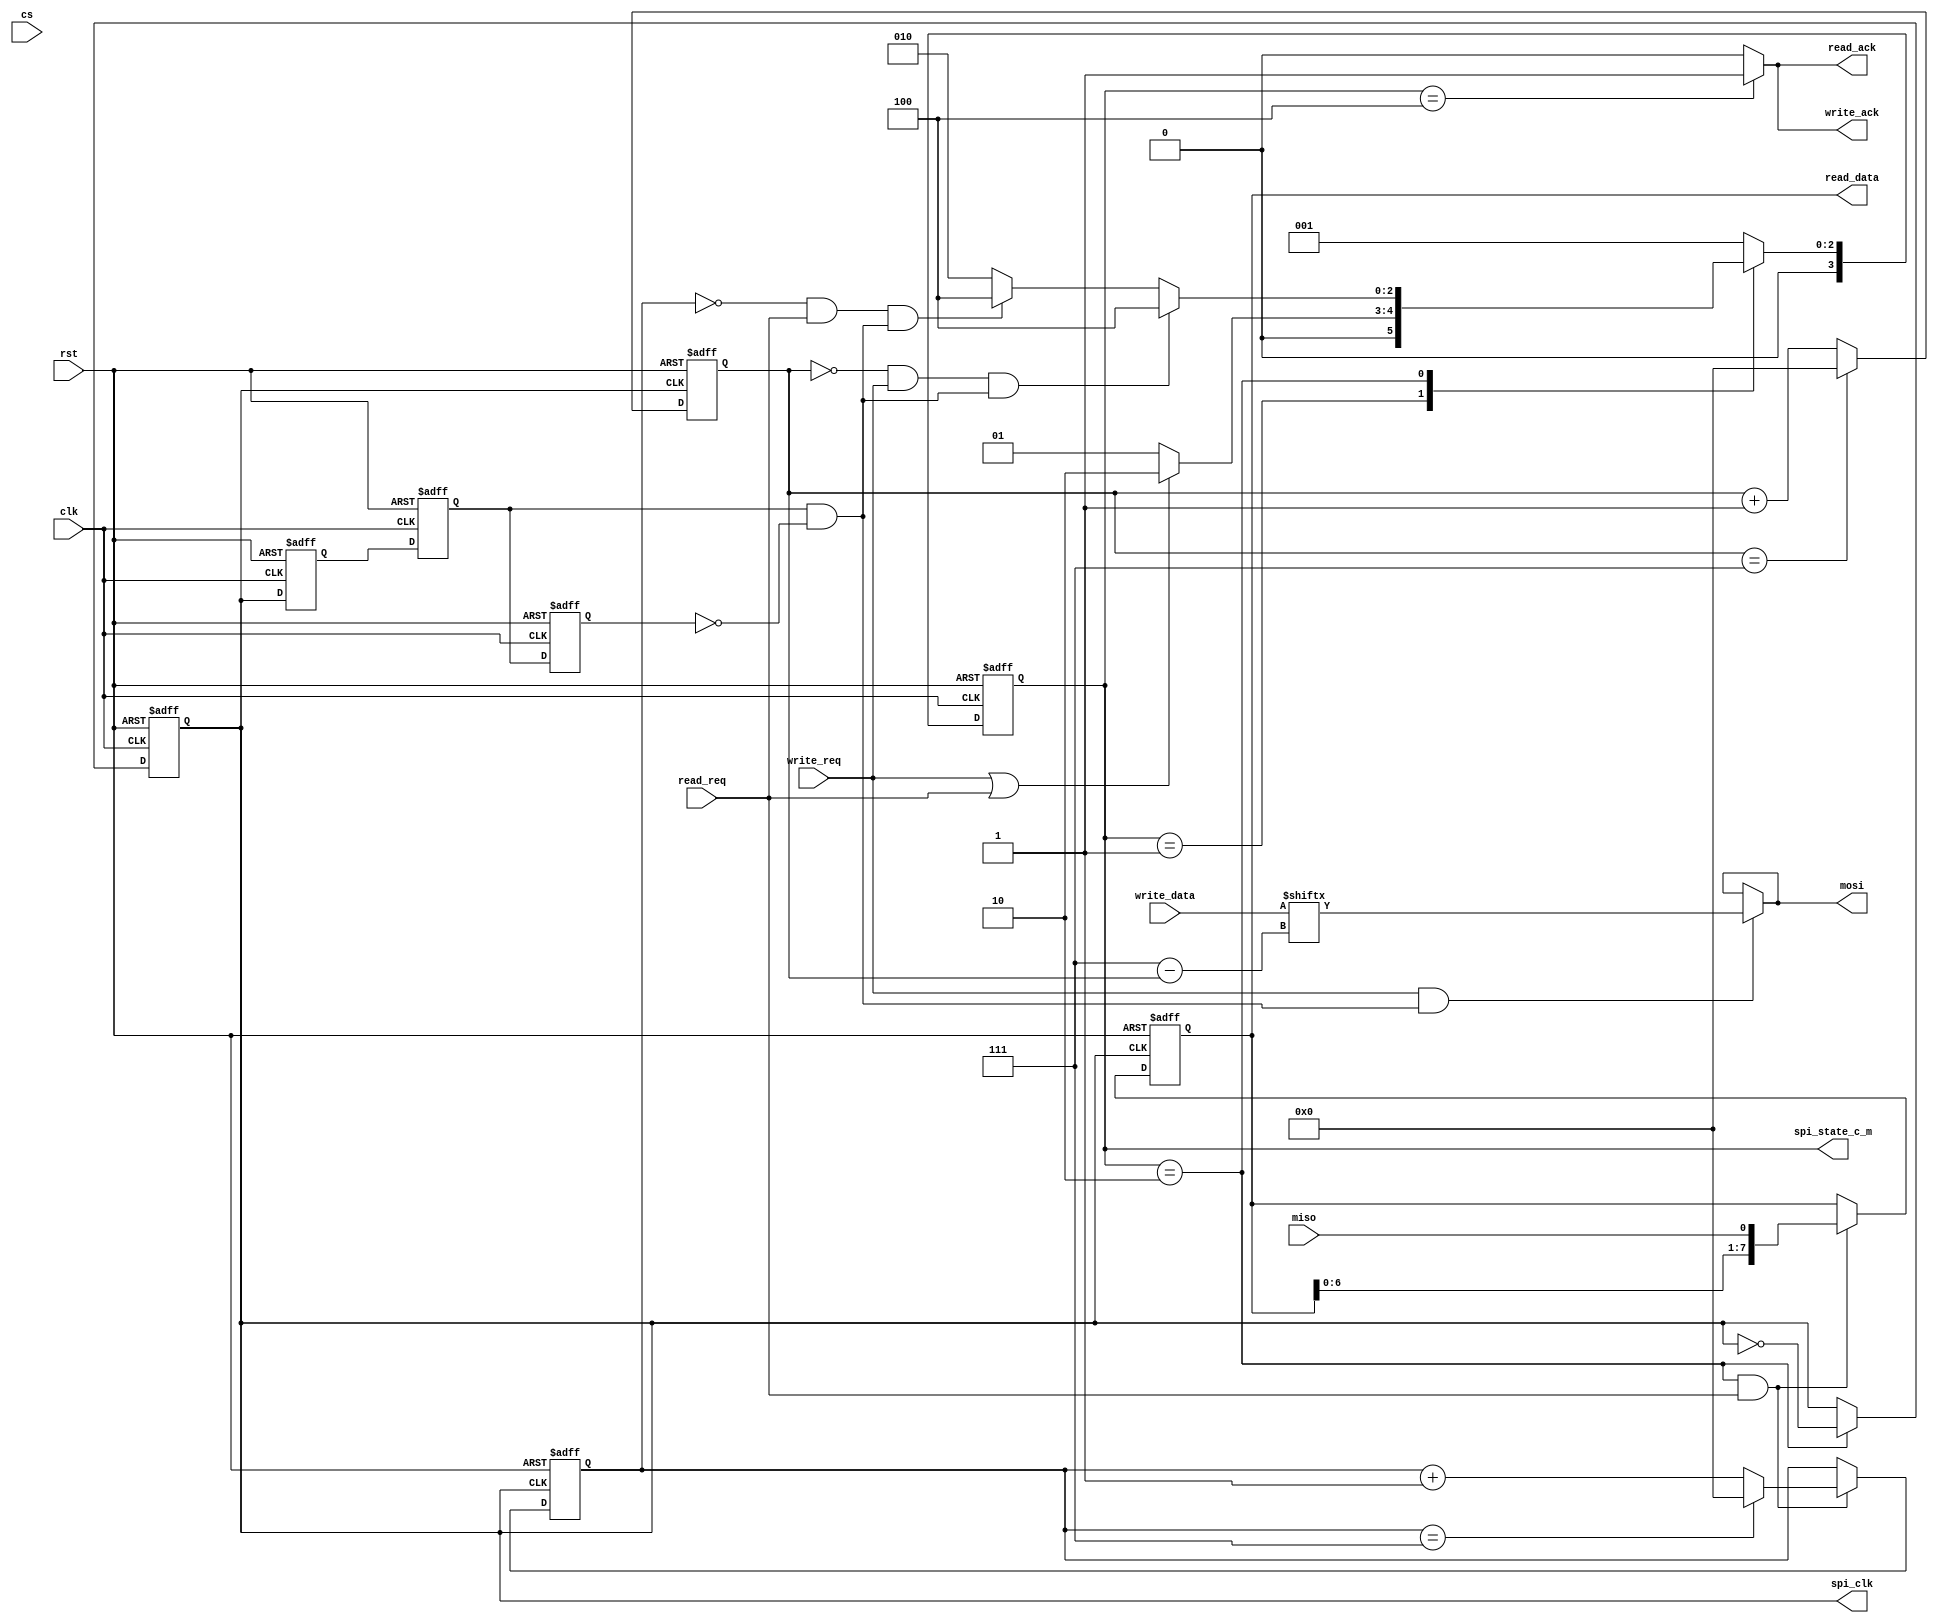
`timescale 1ns / 1ps
//////////////////////////////////////////////////////////////////////////////////
// Company: 
// Engineer: 
// 
// Design Name: 
// Module Name: spi_SF3
// Project Name: 
// Target Devices: 
// Tool Versions: 
// Description: 
// 
// Dependencies: 
// 
// Revision:
// Revision 0.01 - File Created
// Additional Comments:
// 
//////////////////////////////////////////////////////////////////////////////////


module spi_SF3(
input wire clk, //sys clk.
input wire rst, // sys reset.
input wire write_req,//write requirement.
input wire read_req,//read requirement.
input wire[7:0] write_data,//the data you want to write in flash.
input wire miso,//master in, slave out.
input wire cs,
output wire[3:0] spi_state_c_m,
output wire write_ack,//ack for writing.
output wire[7:0] read_data,// data read from flash..
//output reg[31:0] read_data_word,
output wire read_ack,//ack for read.
output wire spi_clk,//clock for spi protocol.
output wire mosi//master out alve in.

    );

reg[3:0] spi_read_write_cnt;//count data bits read or write.
reg[7:0] write_data_reg;
reg[7:0] read_data_reg;
reg spi_clk_reg;
reg mosi_reg;

wire posedge_flag;
wire negedge_flag;
reg[1:0] m;
reg spi_clk_1,spi_clk_2,spi_clk_3;
reg[3:0] cnt;
reg[3:0] cnt_write,cnt_read;
//state defination.
localparam spi_idle=4'b0001;
localparam spi_data=4'b0010;
localparam spi_end=4'b0100;
//localparam div_cnt='d20;
localparam div_cnt='d2;
reg[3:0] spi_state_c;assign spi_state_c_m=spi_state_c;
reg[3:0] spi_state_n;
//Sys clk div.

 always@(posedge clk,negedge rst)//Attention.
 begin
 if(!rst)
 begin
 cnt<='d0;
 spi_clk_reg<=1'b1;
 end
 
 else if(spi_state_c==spi_data)
 //else if(cs == 1'b0)
 begin
 if(div_cnt/2-1)
 begin
 cnt<=cnt+1'b1;
 spi_clk_reg<=spi_clk_reg;
 end
 
 else
 begin
 cnt<='d0;
 spi_clk_reg<=~spi_clk_reg;
 //spi_clk_reg<=1'b1;
 end
 end
 else
 //spi_clk_reg<=1'b1;
 spi_clk_reg<=spi_clk_reg;//!!!!!!!!!!!!!!!!!!!!!change from return 1 to keep.
 end
 /*
 always @(posedge clk, negedge rst)
 begin
  if(!rst)
  spi_clk_reg <= 1'b1;
  else if(spi_state_c == spi_data)
  begin
    spi_clk_reg <= ~spi_clk_reg;
  end
  else
     spi_clk_reg <= spi_clk_reg;
 end
 */
 assign spi_clk=spi_clk_reg;
 //Posedge/needge detection.
 always@(posedge clk,negedge rst)
 begin
 if(!rst)
 begin
  m<=2'b00;
  spi_clk_1<=1'b0;
  spi_clk_2<=1'b0;
  spi_clk_3<=1'b0;
 end
 else
 begin
  m<={m[0],spi_clk};
  spi_clk_1<=spi_clk;
  spi_clk_2<=spi_clk_1;
  spi_clk_3<=spi_clk_2;;
 end
 end
 /*
 assign negedge_flag=~m[1]&&m[0];//attention.
 assign posedge_flag=m[1]&&~m[0];
 */
 assign negedge_flag=spi_clk_2&&~spi_clk_3;
 assign posedge_flag=~spi_clk_2&&spi_clk_3;//Attention.
//spi state update.
always@(posedge clk,negedge rst)
 begin
 if(!rst)
 spi_state_c<=spi_idle;
 else
 spi_state_c<=spi_state_n;
 end
 /*
 //load write_data.
always@(posedge clk,negedge rst)
begin
  if(!rst)
  write_data_reg<=8'b0;
  else if(spi_state_c==spi_idle&&(write_req==1'b1 || read_req==1'b1))
  write_data_reg<=write_data;//load the write_data.
  else if(spi_state_c==spi_data&&negedge_flag==1'b1)
  write_data_reg<={write_data_reg[6:0],write_data_reg[7]};//write_data left shift.
  else
  write_data_reg<=write_data_reg;
end
*/
/*
always@(posedge clk,negedge rst)
begin
  if(!rst)
  write_data_reg<=8'b0;
  else if(spi_state_c==spi_idle&&(write_req==1'b1 || read_req==1'b1))
  write_data_reg<=write_data;//load the write_data.
  else
  write_data_reg<=write_data_reg;
end
*/

//Load write data.
always@(posedge clk,negedge rst)
begin
  if(!rst)
  begin
  write_data_reg<=8'b0;
//  cnt_write<='d0;
  end
  else if(spi_state_c==spi_idle&&(write_req==1'b1||read_req==1'b1))//ATTENTION.
  write_data_reg<=write_data;//load the write_data.
  else
  write_data_reg<=write_data_reg;
end

//Put write data on mosi.
/*
always@(negedge clk,negedge rst)
begin
 if(!rst)
 begin
 mosi_reg<=1'b1;
 end
 */
 //else if((spi_state_c==spi_data)&&(write_req==1'b1||read_req==1'b1))//attention:negedge->write_req.
// else if(write_req==1'b1||read_req==1'b1)//attention:negedge->write_req.
 /*ATTENTIO                      Data from MOSI need to be read at the POSEDGE by slave,
 But the original state of MOSI may be a posedge/negedge when SLAVE read at the POSEDGE OF SPI_CLK.
 write_req/read_req become valid at the former cycle of spi_data, so write_data ought to
 be load when write_req/read_req become valid.*/
/*
else if(write_req == 1'b1)
 mosi_reg<=write_data[7-cnt_write];//ATTENTION.
 else
 mosi_reg=1'b1;
end
*/
assign mosi = (write_req == 1'b1 && negedge_flag == 1'b1)? write_data[3'd7 - cnt_write] : mosi;
//assign mosi=mosi_reg;
//Write bit count.
always@(posedge spi_clk,negedge rst)//pos->neg.
begin
if(!rst)
begin
cnt_write<='d0;
end
else if(cnt_write=='d7)
cnt_write<='d0;
else
cnt_write<=cnt_write+1'b1;
end
/*
//Read data from flash.
always@(posedge clk,negedge rst)
begin
 if(!rst)
 read_data_reg<=8'b0;
 else if(spi_state_c==spi_data&&posedge_flag==1'b1)//Attention:posedge->read_req.
 read_data_reg={read_data_reg[6:0],miso};//MSB first.
 else
 read_data_reg<=read_data_reg;
end
*/
//Get data from miso.
//reg[31:0]   read_data_word;
always@(posedge spi_clk,negedge rst)
begin
if(!rst)
begin
read_data_reg<=8'b0;
cnt_read<='d0;
end
else if(spi_state_c==spi_data&&read_req==1'b1)
begin
read_data_reg<={read_data_reg[6:0],miso};
if(cnt_read=='d7)
cnt_read<='d0;
else
cnt_read<=cnt_read+1'b1;
end
else
begin
read_data_reg<=read_data_reg;
end
end
assign read_data=read_data_reg;
/*
always@(posedge spi_clk,negedge rst)
begin
if(!rst)
read_data_word<=32'b0;
//else if(spi_state_c==spi_data&&cnt_read=='d0&&negedge_flag)
else if(read_ack)
read_data_word<={read_data_word[23:0],read_data_reg};
else
read_data_word<=read_data_word;
end
*/
/*
 //Bits count.
 always@(posedge clk, negedge rst)
 begin
  if(!rst)
  spi_read_write_cnt<=4'b0;
  else if(spi_state_c==spi_data && negedge_flag==1'b1&&write_req==1'b1)
  begin
  if(spi_read_write_cnt=='d7)//Attention:the order of if and else; the number is changed to 7 from 8.
  spi_read_write_cnt<='d0;
  else
  spi_read_write_cnt<=spi_read_write_cnt+1'b1;
  end
  else if(spi_state_c==spi_data&&posedge_flag==1'b1&&read_req==1'b1)
  begin
  if(spi_read_write_cnt=='d8)
  spi_read_write_cnt<='d0;
  else
  spi_read_write_cnt<=spi_read_write_cnt+1'b1;
  end
  else
  spi_read_write_cnt<=spi_read_write_cnt;
 end
 */
 //spi state change.
 always@(*)
  begin
  case(spi_state_c)
   spi_idle:
   if(write_req==1'b1 || read_req==1'b1)
              spi_state_n=spi_data;
   else       
              spi_state_n=spi_idle;
   spi_data://!!!!!!!!!!change req from 1 to 0.
   if(cnt_write=='d0&&write_req==1'b1&&negedge_flag==1'b1)//pos->neg.;from 7 to 0@169 pos.
   begin 
              spi_state_n=spi_end;
   end
   else if(cnt_read=='d0&&read_req==1'b1&&negedge_flag==1'b1)//cnt changed to 0 from 7.
   begin
              spi_state_n=spi_end;
   end
   else
              spi_state_n=spi_data;
   spi_end:
              spi_state_n=spi_idle;
   default:
              spi_state_n=spi_idle;
  endcase
  end
  
  //ACK.
  
  assign read_ack=(spi_state_c==spi_end)?1'b1:1'b0;
  assign write_ack=(spi_state_c==spi_end)?1'b1:1'b0;
  
endmodule